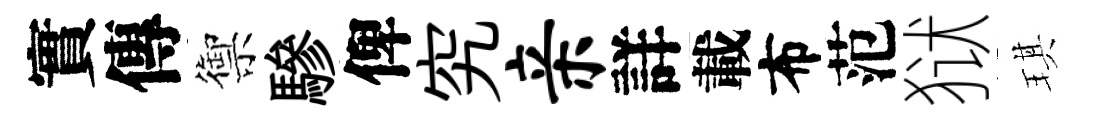
實傳禦驂俾究亲詳載布范狱琪